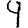
Digit: 9